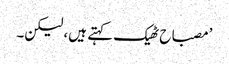
’مصباح ٹھیک کہتے ہیں، لیکن۔